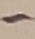
Text: -